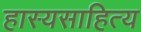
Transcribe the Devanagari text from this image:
हास्यसाहित्य